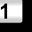
Digit: 1